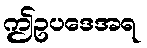
ဤဥပဒေအရ